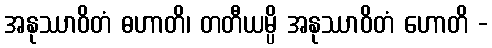
အနုဿာဝိတံ ဓဟာတိ၊ တတီယမ္ပိ အနုဿာဝိတံ ဟောတိ -